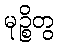
မုဉ္စိတွ